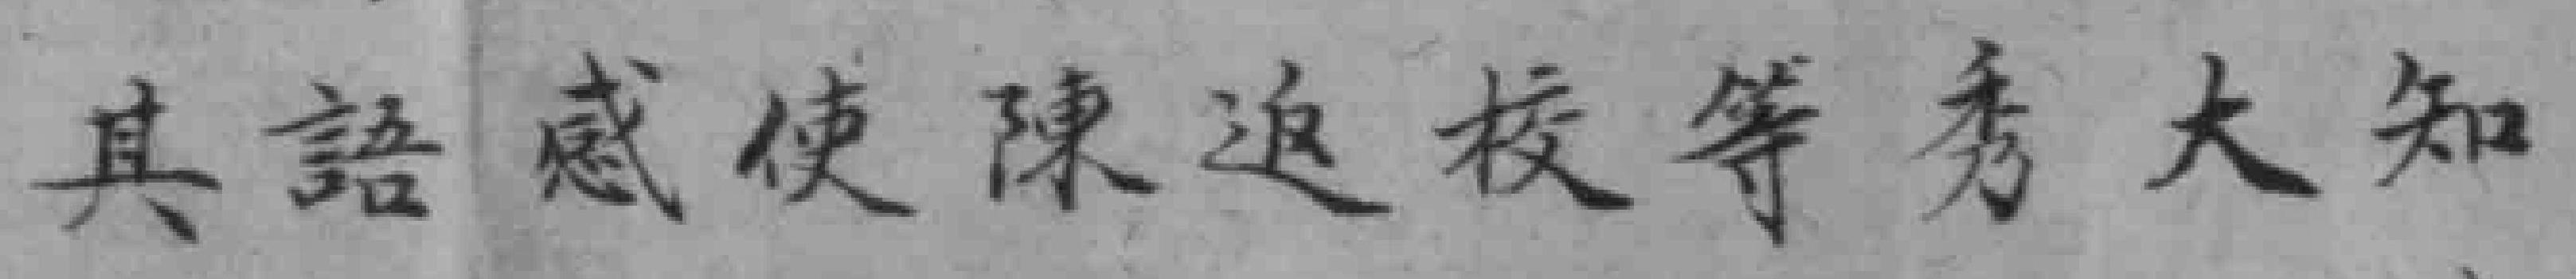
其語感使陳返校等秀大知